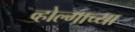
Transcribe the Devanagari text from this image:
व्होल्गाच्या